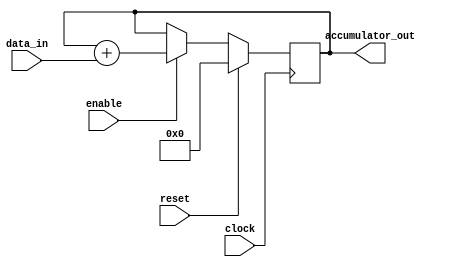
module parallel_accumulator (
  input wire clock,
  input wire reset,
  input wire enable,
  input wire [31:0] data_in,
  output reg [31:0] accumulator_out
);

reg [31:0] accumulator;

always @ (posedge clock) begin
  if (reset) begin
    accumulator <= 32'd0;
  end else if (enable) begin
    accumulator <= accumulator + data_in;
  end
end

assign accumulator_out = accumulator;

endmodule